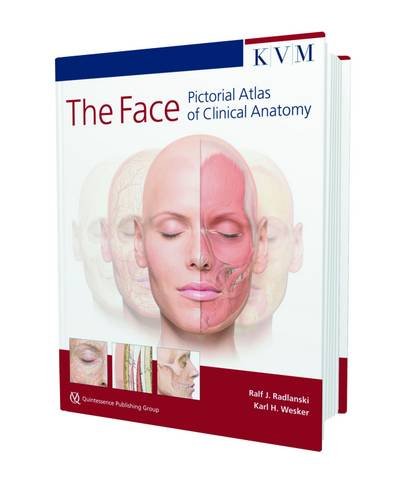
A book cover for The Face: Pictorial Atlas of Clinical Anatomy; Ralf J. Radlanski; Medical Books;